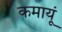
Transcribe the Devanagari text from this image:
कमायूं